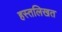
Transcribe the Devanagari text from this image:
हस्तलिखत